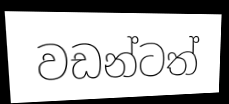
වඩන්ටත්